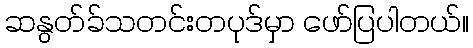
ဆနွတ်ခ်သတင်းတပုဒ်မှာ ဖော်ပြပါတယ်။